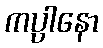
ကပ္ပါနော